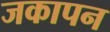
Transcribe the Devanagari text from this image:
जकापन